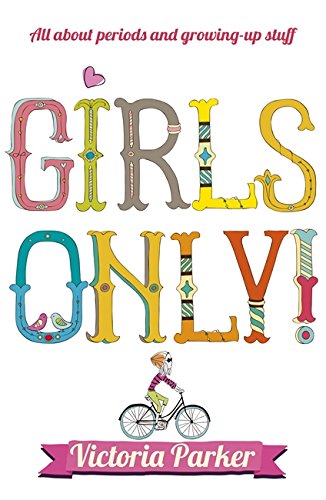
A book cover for Girls Only! All About Periods and Growing-Up Stuff; Victoria Parker; Teen & Young Adult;